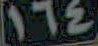
172